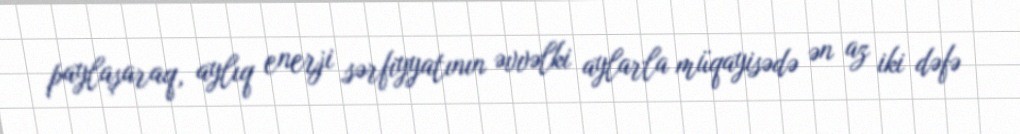
paylaşaraq, aylıq enerji sərfiyyatının əvvəlki aylarla müqayisədə ən az iki dəfə